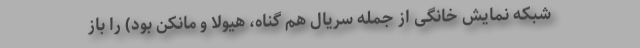
شبکه نمایش خانگی از جمله سریال هم گناه، هیولا و مانکن بود) را باز